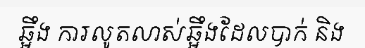
ឆ្អឹង ការលូតលាស់ឆ្អឹងដែលបាក់ និង